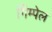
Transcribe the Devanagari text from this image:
गिम्पेल